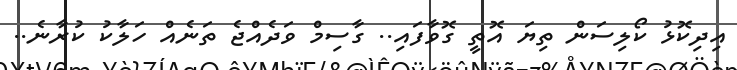
އިދިކޮޅު ކޯލިސަން ތިޔަ އޮތީ ގޮވާފައި.. ގާސިމް ވަދެއްޖެ ތަނެއް ހަލާކު ކުރާނެ..